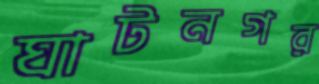
ঘাটনগর